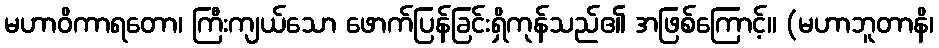
မဟာဝိကာရတော၊ ကြီးကျယ်သော ဖောက်ပြန်ခြင်းရှိကုန်သည်၏ အဖြစ်ကြောင့်။ (မဟာဘူတာနိ၊